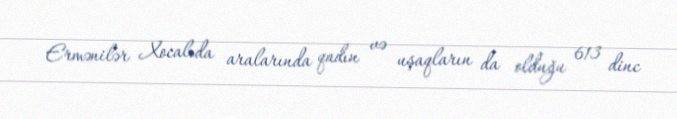
Ermənilər Xocalıda aralarında qadın və uşaqların da olduğu 613 dinc